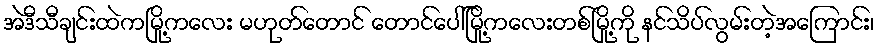
အဲဒီသီချင်းထဲကမြို့ကလေး မဟုတ်တောင် တောင်ပေါ်မြို့ကလေးတစ်မြို့ကို နင်သိပ်လွမ်းတဲ့အကြောင်း၊